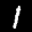
Digit: 1